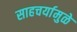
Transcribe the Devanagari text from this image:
साहचर्यामुळे